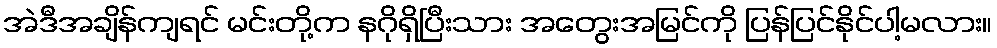
အဲဒီအချိန်ကျရင် မင်းတို့က နဂိုရှိပြီးသား အတွေးအမြင်ကို ပြန်ပြင်နိုင်ပါ့မလား။